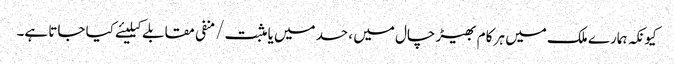
کیونکہ ہمارے ملک میں ہر کام بھیڑ چال میں ، حسد میں یا مثبت/منفی مقابلے کیلیئے کیا جاتا ہے۔